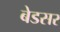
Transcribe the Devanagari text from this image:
बेडसर